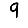
Digit: 9